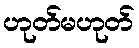
ဟုတ်မဟုတ်